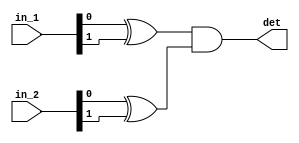
module det_2input(input [1:0] in_1, in_2,
						output det);
						
wire det1, det2;

xor (det1, in_1[0],in_1[1]);
xor (det2, in_2[0],in_2[1]);
and (det,  det1, det2);
						
						
endmodule